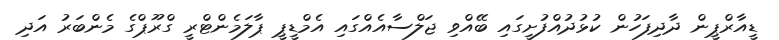
ޑީއާރްޕީން ދާދިފަހުން ކުޅުދުއްފުށީގައި ބޭއްވި ޖަލްސާއެއްގައި އެމްޑީޕީ ޕާލަމެންޓްރީ ގްރޫޕްގެ މެންބަރު އަދި